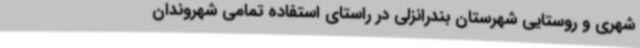
شهری و روستایی شهرستان بندرانزلی در راستای استفاده تمامی شهروندان